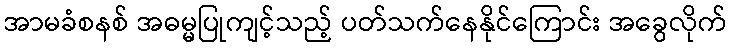
အာမခံစနစ် အဓမ္မပြုကျင့်သည့် ပတ်သက်နေနိုင်ကြောင်း အခွေလိုက်